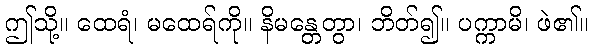
ဤသို့။ ထေရံ၊ မထေရ်ကို။ နိမန္တေတွာ၊ ဘိတ်၍။ ပက္ကာမိ၊ ဖဲ၏။